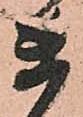
衛